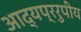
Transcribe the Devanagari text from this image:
आद्यप्ररुपीय